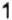
1